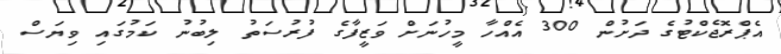
އެޕްރޮޖެކްޓުގެ ދަށުން 300 އެއްހާ މީހުނަށް ވަޒީފާގެ ފުރުސަތު ލިބުނު ކަމުގައި ވިޔަސް